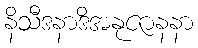
နိသီဒနာဒိအနုဇာနနာ